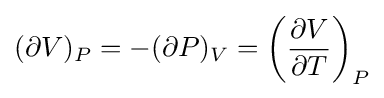
(\partial V)_{P}=-(\partial P)_{V}=\left({\frac {\partial V}{\partial T}}\right)_{P}